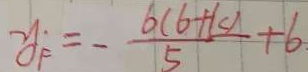
y _ { F } = - \frac { 6 ( 6 + 1 c ) } { 5 } + 6